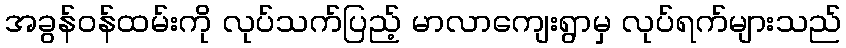
အခွန်ဝန်ထမ်းကို လုပ်သက်ပြည့် မာလာကျေးရွာမှ လုပ်ရက်များသည်